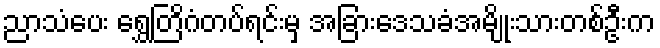
ညာသံပေး ရွှေတြိဂံတပ်ရင်းမှ အခြားဒေသခံအမျိုးသားတစ်ဦးက